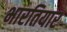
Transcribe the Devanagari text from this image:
भारतियार